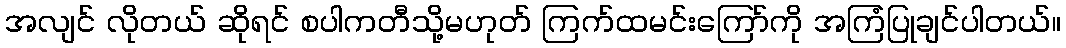
အလျင် လိုတယ် ဆိုရင် စပါကတီသို့မဟုတ် ကြက်ထမင်းကြော်ကို အကြံပြုချင်ပါတယ်။